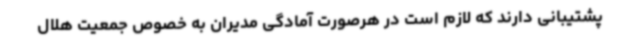
پشتیبانی دارند که لازم است در هرصورت آمادگی مدیران به خصوص جمعیت هلال